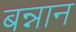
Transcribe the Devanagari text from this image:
बन्नान